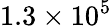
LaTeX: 1.3\times 10^{5}